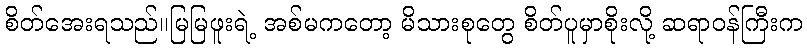
စိတ်အေးရသည်။မြမြဖူးရဲ့ အစ်မကတော့ မိသားစုတွေ စိတ်ပူမှာစိုးလို့ ဆရာဝန်ကြီးက